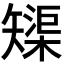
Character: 𱳦